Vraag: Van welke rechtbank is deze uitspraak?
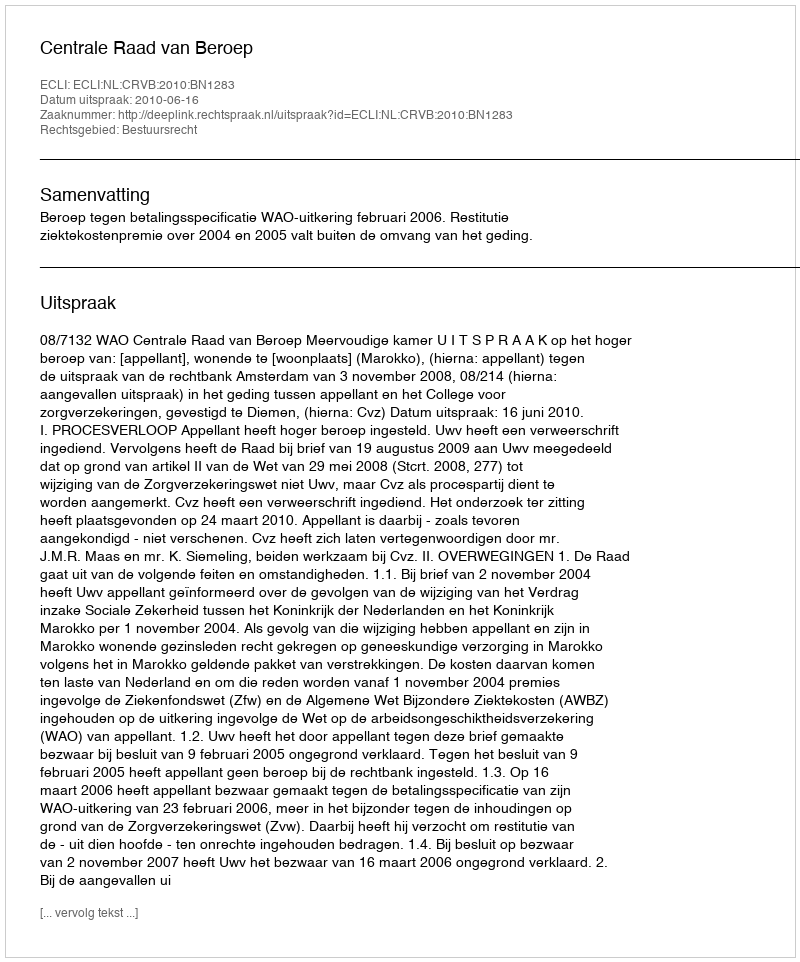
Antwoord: Centrale Raad van Beroep